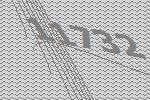
11732